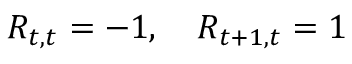
R _ { t , t } = - 1 , \quad R _ { t + 1 , t } = 1